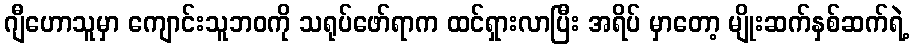
ဂျီဟောသူမှာ ကျောင်းသူဘဝကို သရုပ်ဖော်ရာက ထင်ရှားလာပြီး အရိပ် မှာတော့ မျိုးဆက်နှစ်ဆက်ရဲ့